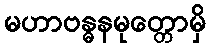
မဟာဗန္ဓနမုတ္တောမှိ